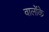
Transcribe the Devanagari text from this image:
वालोंके